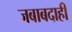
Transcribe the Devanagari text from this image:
जबाबदाही